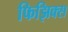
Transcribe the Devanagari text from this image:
फिझिक्स